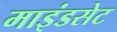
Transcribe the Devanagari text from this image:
माइंडसेट